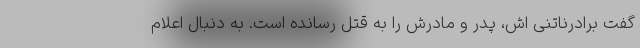
گفت برادرناتنی اش، پدر و مادرش را به قتل رسانده است. به دنبال اعلام